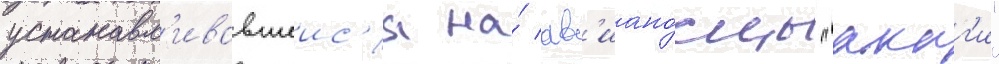
устанавл'ивавшеис'я на́ ав'иано́сцы "акаг'и"